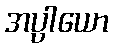
အပ္ပါယော